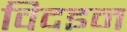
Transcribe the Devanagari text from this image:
विदइन